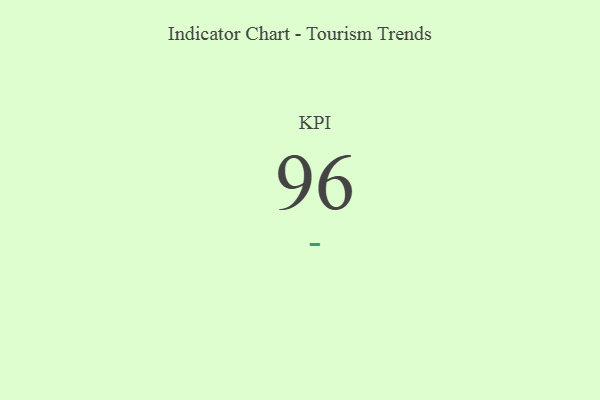
{"axis": {"x": "KPI", "y": "Value"}, "legend": [""], "data": [{"x": "KPI", "y": 96, "type": ""}]}